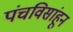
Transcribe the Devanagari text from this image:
पंचविसांहून